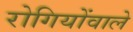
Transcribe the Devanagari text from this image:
रोगियोंवाले